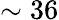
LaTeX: \sim 36